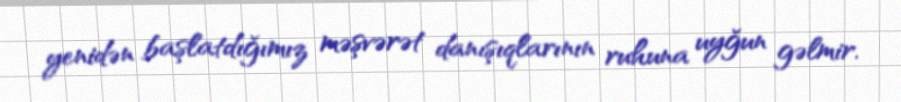
yenidən başlatdığımız məşvərət danışıqlarının ruhuna uyğun gəlmir.